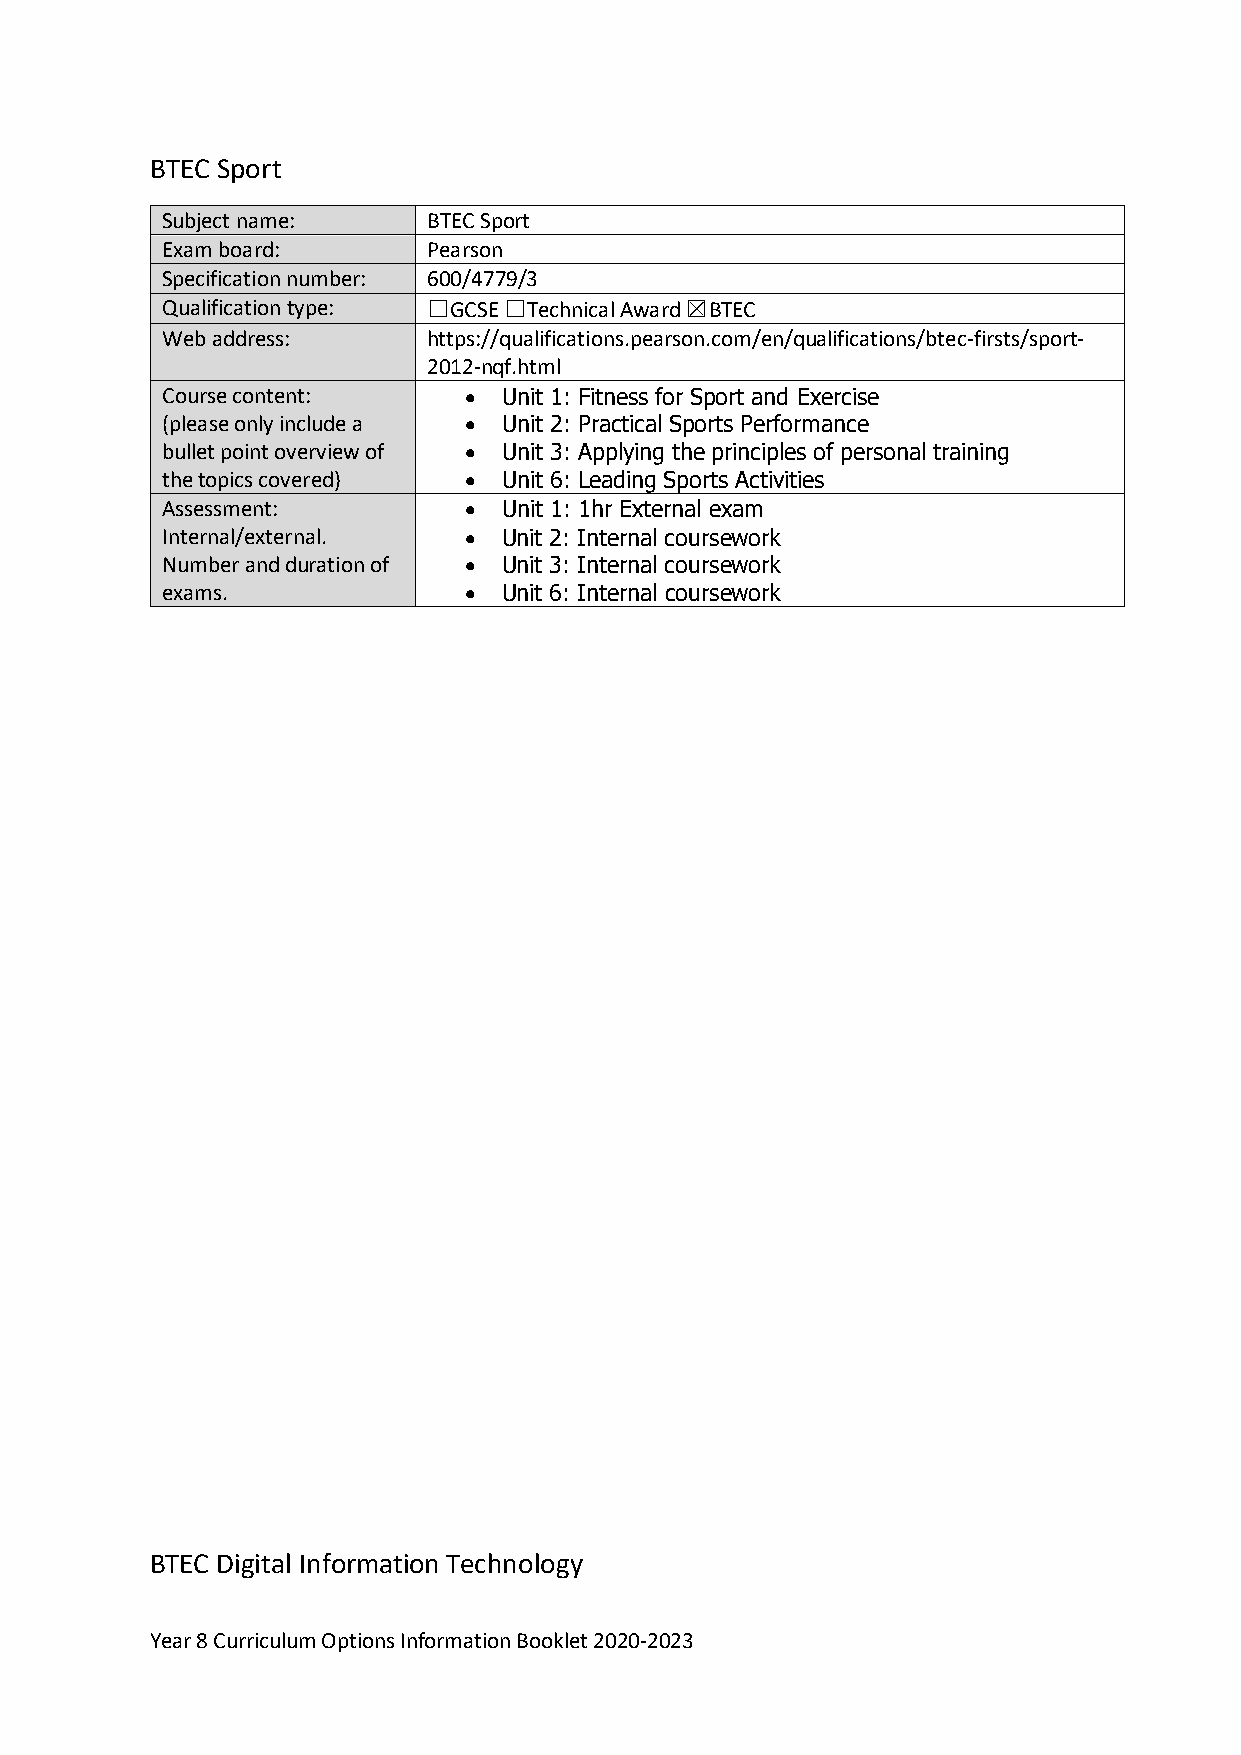
BTEC Sport
 Subject name:    BTEC Sport
 Exam board:      Pearson
 Specification number: 600/4779/3
 Qualification type: ☐GCSE ☐Technical Award ☒BTEC
 Web address:     https://qualifications.pearson.com/en/qualifications/btec-firsts/sport-
 2012-nqf.html
 Course content:     • Unit 1: Fitness for Sport and Exercise
 (please only include a • Unit 2: Practical Sports Performance
 bullet point overview of • Unit 3: Applying the principles of personal training
 the topics covered) • Unit 6: Leading Sports Activities
 Assessment:         • Unit 1: 1hr External exam
 Internal/external.  • Unit 2: Internal coursework
 Number and duration of • Unit 3: Internal coursework
 exams.              • Unit 6: Internal coursework
 BTEC Digital Information Technology
 Year 8 Curriculum Options Information Booklet 2020-2023